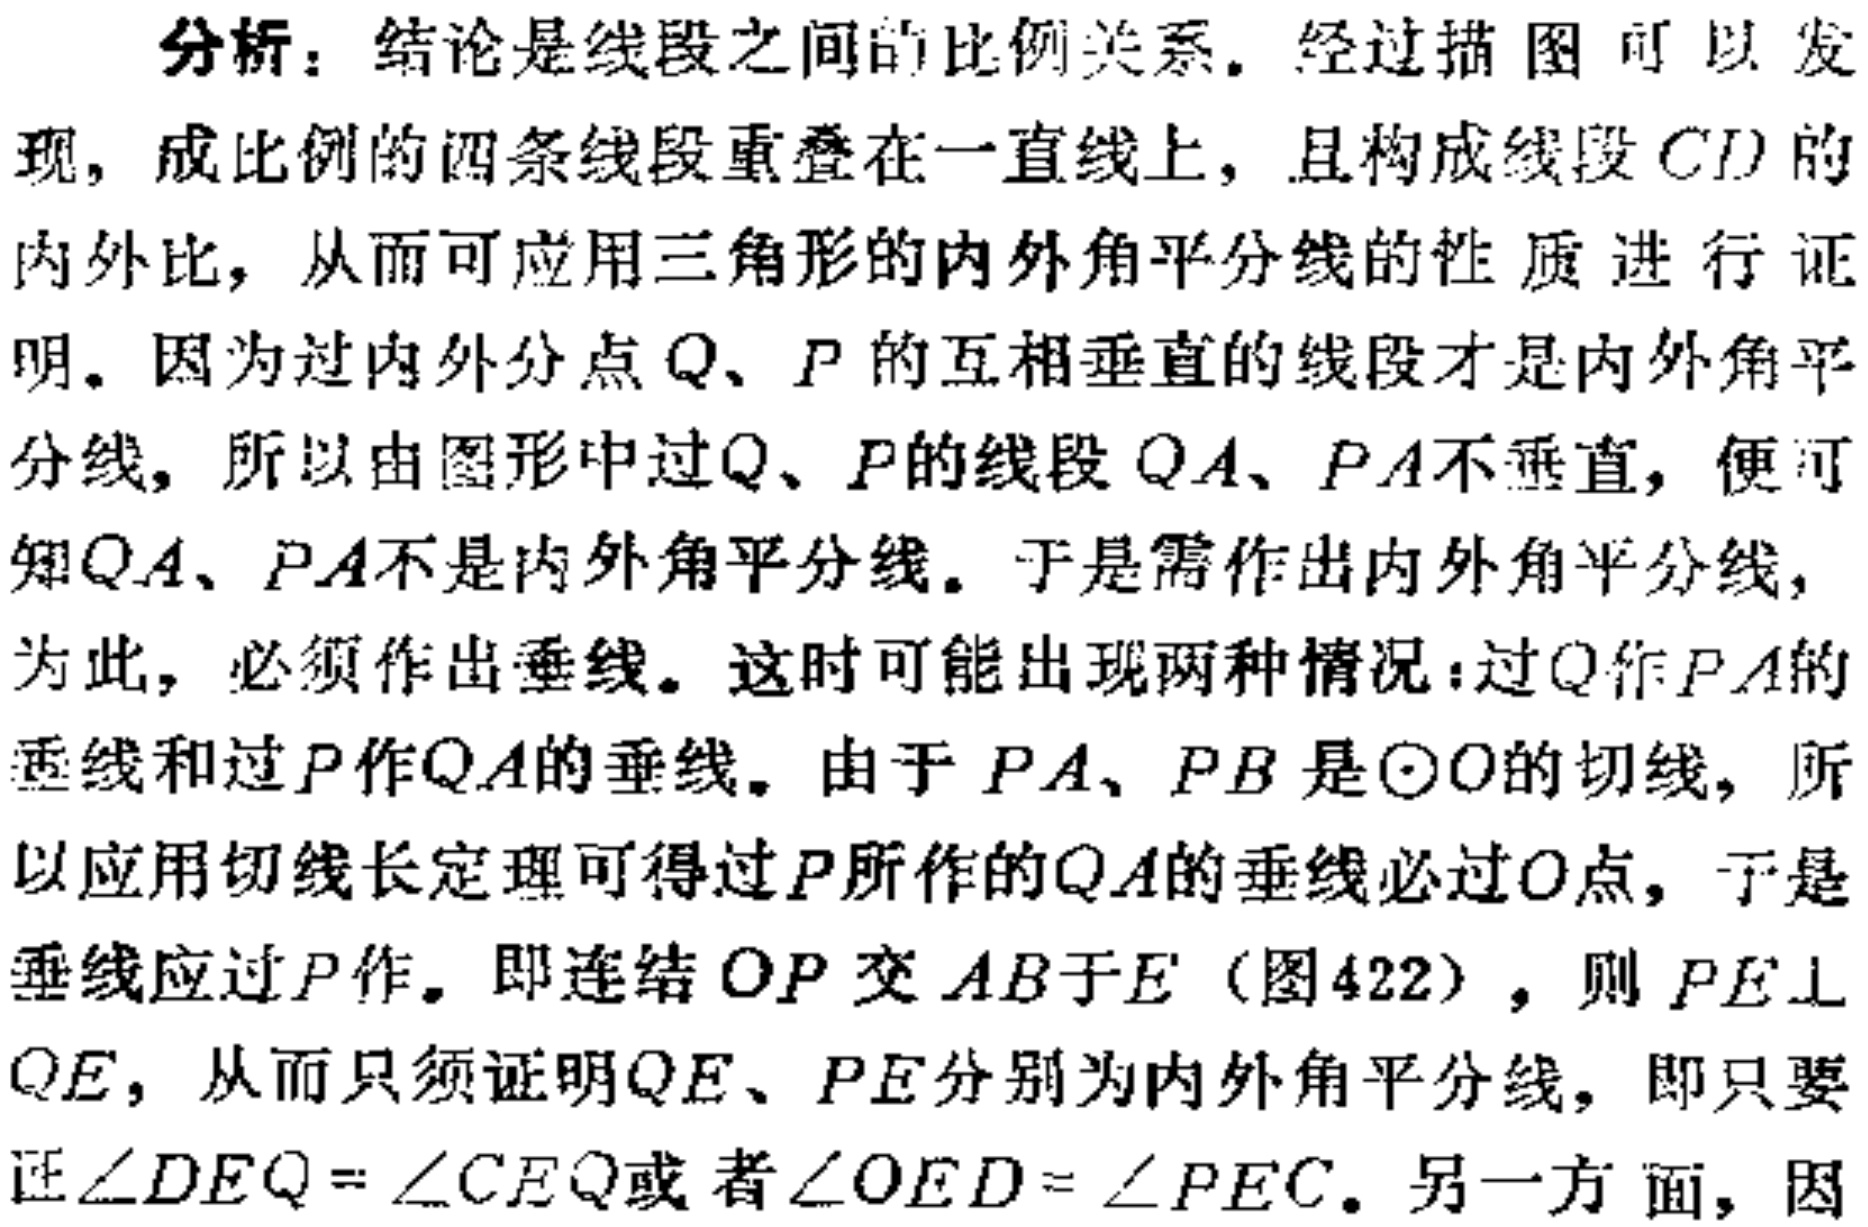
分析：结论是线段之间的比例关系。经过描图可以发现，成比例的四条线段重叠在一直线上，且构成线段 \(CD\) 的内外比，从而可应用三角形的内外角平分线的性质进行证明。因为过内外分点 \(Q\)、\(P\) 的互相垂直的线段才是内外角平分线，所以由图形中过 \(Q\)、\(P\) 的线段 \(QA\)、\(PA\)不垂直，便可知 \(QA\)、\(PA\)不是内外角平分线。于是需作出内外角平分线，为此，必须作出垂线。这时可能出现两种情况：过 \(Q\) 作 \(PA\)的垂线和过 \(P\) 作 \(QA\)的垂线。由于 \(PA\)、\(PB\) 是\(\odot O\)的切线，所以应用切线长定理可得过 \(P\) 所作的 \(QA\)的垂线必过 \(O\)点，于是垂线应过 \(P\) 作。即连结 \(OP\) 交 \(AB\)于\(E\)（图422），则 \(PE\perp QE\)，从而只须证明 \(QE\)、\(PE\)分别为内外角平分线，即只要证\(\angle DEQ = \angle CEQ\)或者\(\angle OED = \angle PEC\)。另一方面，因